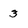
Character: 3